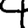
Digit: 4